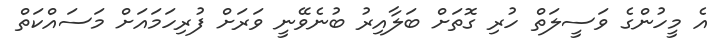
އެ މީހުންގެ ވަސީލަތް ހުރި ގޮތަށް ބަލާއިރު ބުނެވޭނީ ވަރަށް ފުރިހަމައަށް މަސައްކަތް